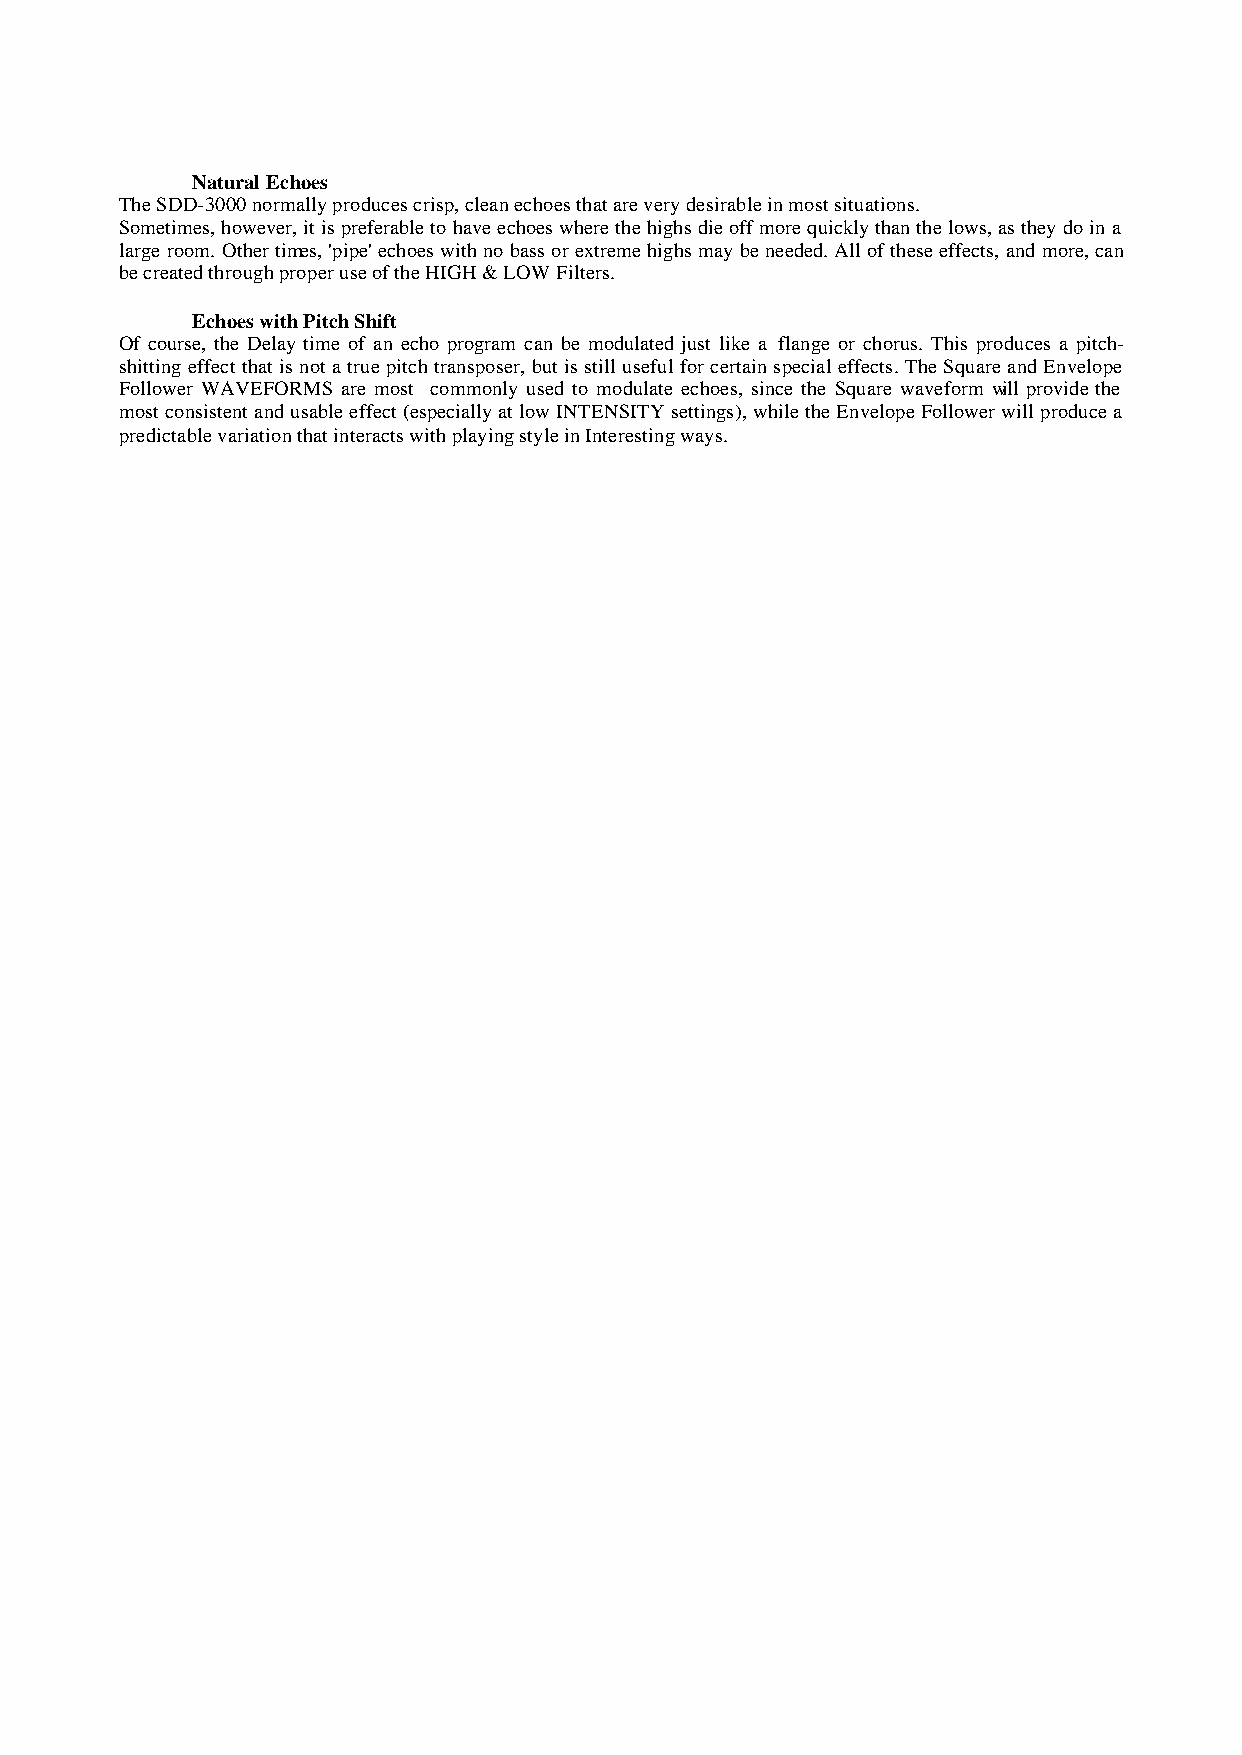
Natural Echoes
 The SDD-3000 normally produces crisp, clean echoes that are very desirable in most situations.
 Sometimes, however, it is preferable to have echoes where the highs die off more quickly than the lows, as they do in a
 large room. Other times, 'pipe' echoes with no bass or extreme highs may be needed. All of these effects, and more, can
 be created through proper use of the HIGH & LOW Filters.
 Echoes with Pitch Shift
 Of course, the Delay time of an echo program can be modulated just like a flange or chorus. This produces a pitch-
 shitting effect that is not a true pitch transposer, but is still useful for certain special effects. The Square and Envelope
 Follower WAVEFORMS are most commonly used to modulate echoes, since the Square waveform will provide the
 most consistent and usable effect (especially at low INTENSITY settings), while the Envelope Follower will produce a
 predictable variation that interacts with playing style in Interesting ways.